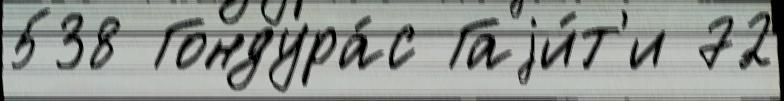
538 Гондура́с Гаjи́т'и 72